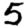
Digit: 5